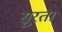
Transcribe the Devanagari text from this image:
सूरत।